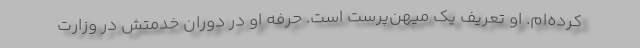
کرده‌ام. او تعریف یک میهن‌پرست است. حرفه او در دوران خدمتش در وزارت